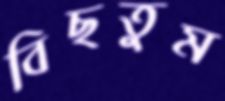
বিছতুম